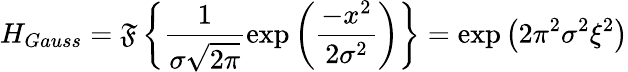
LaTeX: H_{Gauss}=\mathfrak{F}\left\{ \frac{1}{\sigma\sqrt{2\pi}}\exp\left(\frac{-x^{2}}{2\sigma^{2}}\right)\right\} =\exp\left({2\pi^{2}\sigma^{2}\xi^{2}}\right)